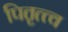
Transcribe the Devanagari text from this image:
पितृत्त्व